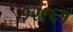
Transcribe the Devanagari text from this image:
१२९६१